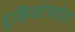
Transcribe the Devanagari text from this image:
र्हिजोफोरा